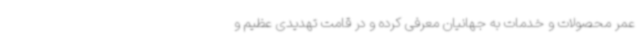
عمر محصولات و خدمات به جهانیان معرفی کرده و در قامت تهدیدی عظیم و